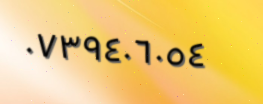
٠٧٣٩٤٠٦٠٥٤